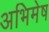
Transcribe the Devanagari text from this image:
अभिमेष